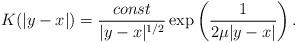
LaTeX: \begin{align*}K(|y-x|)=\frac{const}{|y-x|^{1/2}} \exp\left( \frac{1}{2\mu|y-x|}\right).\end{align*}